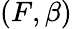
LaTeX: (F,\beta)